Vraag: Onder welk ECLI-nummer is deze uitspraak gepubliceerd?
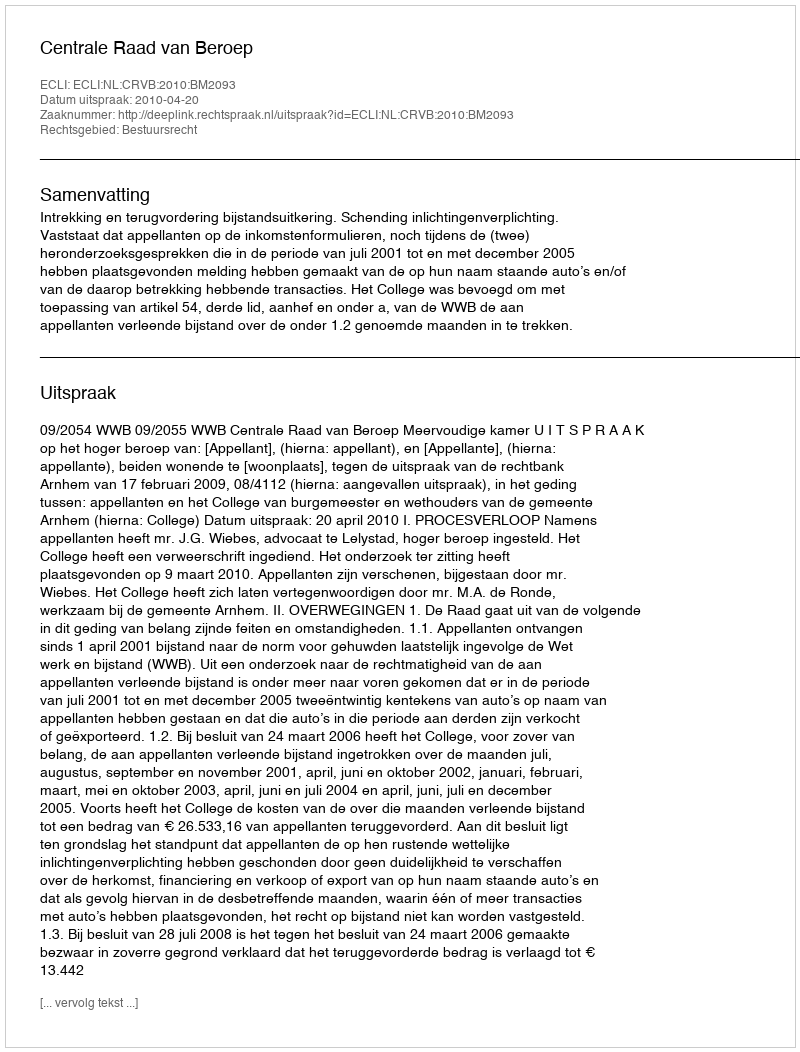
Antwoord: ECLI:NL:CRVB:2010:BM2093